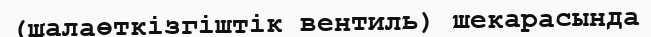
(шалаөткізгіштік вентиль) шекарасында